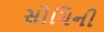
સોચિની